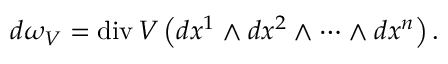
d \omega _ { V } = \operatorname { d i v } V \left( d x ^ { 1 } \wedge d x ^ { 2 } \wedge \cdots \wedge d x ^ { n } \right) .